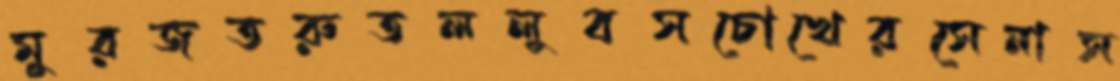
মুরজতরুতললুবসচোখেরসেনাস